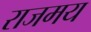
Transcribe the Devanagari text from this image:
राजमय